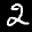
Label: 2